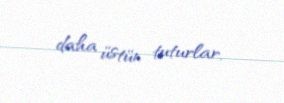
daha üstün tuturlar.